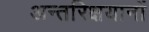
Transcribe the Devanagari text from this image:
अन्तरिक्षयानों